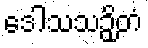
ဒေါသသဉှိတံ